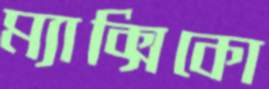
ম্যাক্সিকো